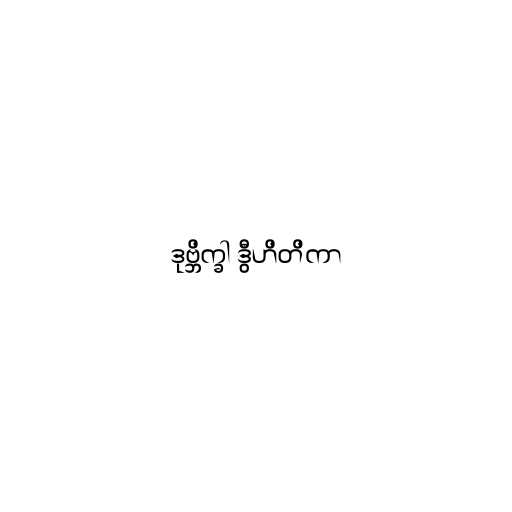
ဒုဗ္ဘိက္ခါ ဒွီဟိတိကာ